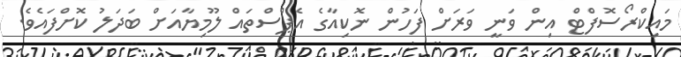
މައިކްރޯސޮފްޓް އިން ވަނީ ވަރަށް ފަހުން ނޮކިއާގެ އެޕްސްތައް ލޫމިޔާއަށް ބަދަލު ކޮށްފައެވެ.